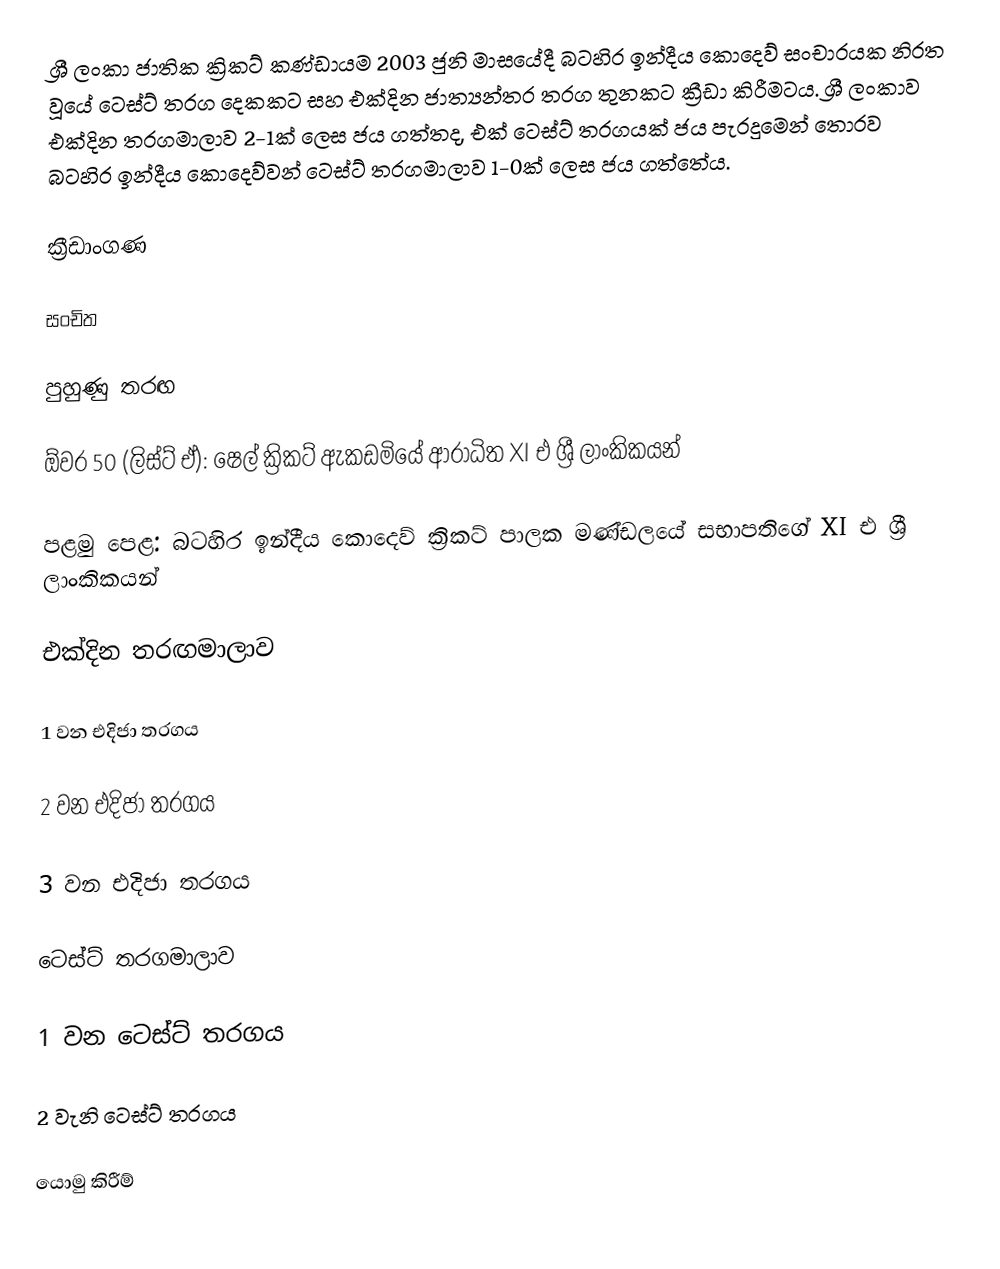
ශ්‍රී ලංකා ජාතික ක්‍රිකට් කණ්ඩායම 2003 ජුනි මාසයේදී බටහිර ඉන්දීය කොදෙව් සංචාරයක නිරත වූයේ ටෙස්ට් තරග දෙකකට සහ එක්දින ජාත්‍යන්තර තරග තුනකට ක්‍රීඩා කිරීමටය. ශ්‍රී ලංකාව එක්දින තරගමාලාව 2-1ක් ලෙස ජය ගත්තද, එක් ටෙස්ට් තරගයක් ජය පැරදුමෙන් තොරව බටහිර ඉන්දීය කොදෙව්වන් ටෙස්ට් තරගමාලාව 1-0ක් ලෙස ජය ගත්තේය.

ක්‍රීඩාංගණ

සංචිත

පුහුණු තරඟ

ඕවර 50 (ලිස්ට් ඒ): ෂෙල් ක්‍රිකට් ඇකඩමියේ ආරාධිත XI එ ශ්‍රී ලාංකිකයන්

පළමු පෙළ: බටහිර ඉන්දීය කොදෙව් ක්‍රිකට් පාලක මණ්ඩලයේ සභාපතිගේ XI එ ශ්‍රී ලාංකිකයන්

එක්දින තරඟමාලාව

1 වන එදිජා තරගය

2 වන එදිජා තරගය

3 වන එදිජා තරගය

ටෙස්ට් තරගමාලාව

1 වන ටෙස්ට් තරගය

2 වැනි ටෙස්ට් තරගය

යොමු කිරීම්